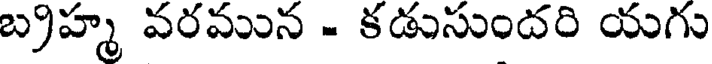
బ్రహ్మ వరమున - కడుసుందరి యగు